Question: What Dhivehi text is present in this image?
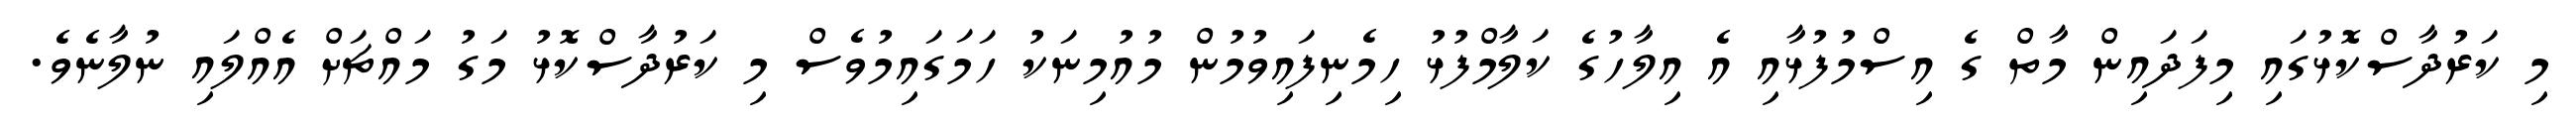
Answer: މި ކަރުދާސްކޮޅުގައި މިފަދައިން މާތް ގެ އިސްމުފުޅާއި އެ އިލާހުގެ ކަލާމްފުޅު ހިމެނިފައިވުމުން މުއުމިނަކު ހަމަގައިމުވެސް މި ކަރުދާސްކޮޅު މަގު މައްޗަށް އެއްލައި ނުލާނެވެ.